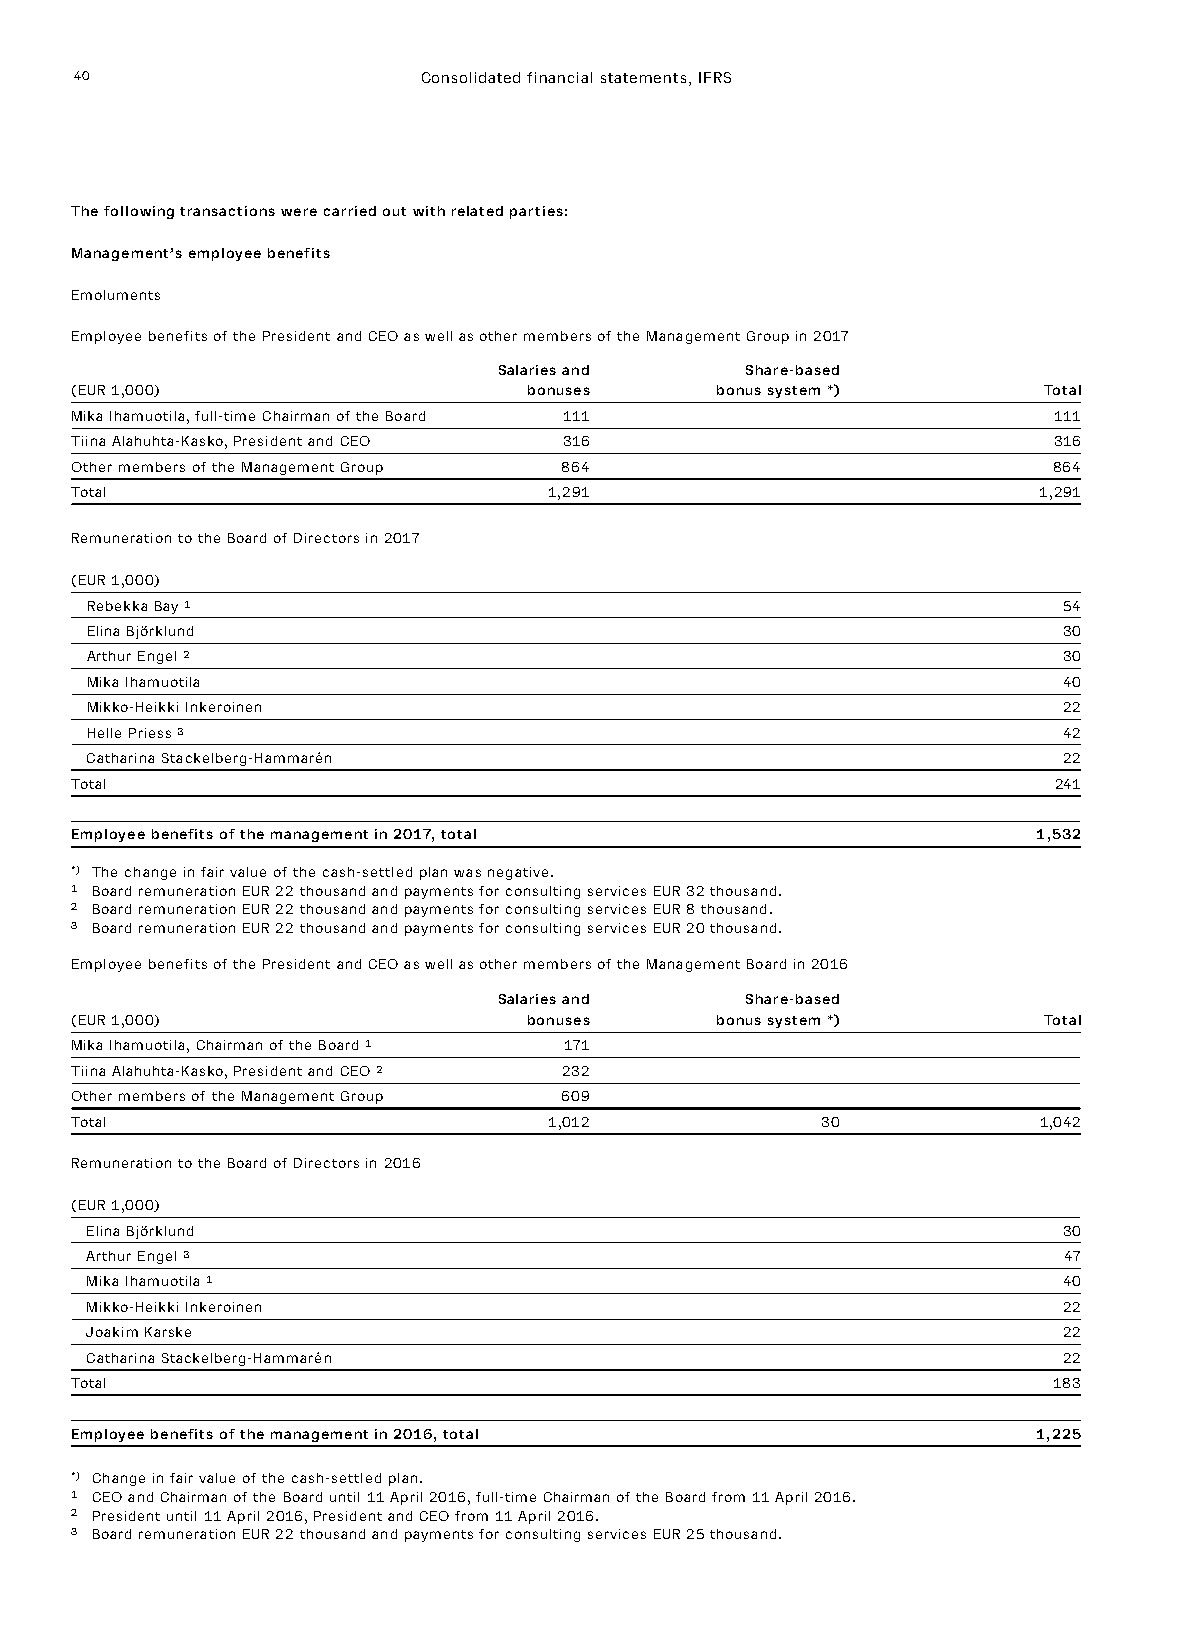
40                     Consolidated financial statements, IFRS
 The following transactions were carried out with related parties:
 Management’s employee benefits
 Emoluments
 Employee benefits of the President and CEO as well as other members of the Management Group in 2017
 Salaries and    Share-based
 (EUR 1,000)                   bonuses     bonus system *)       Total
 Mika Ihamuotila, full-time Chairman of the Board 111             111
 Tiina Alahuhta-Kasko, President and CEO 316                      316
 Other members of the Management Group 864                        864
 Total                          1,291                            1,291
 Remuneration to the Board of Directors in 2017
 (EUR 1,000)
 Rebekka Bay ¹                                                   54
 Elina Björklund                                                 30
 Arthur Engel ²                                                  30
 Mika Ihamuotila                                                 40
 Mikko-Heikki Inkeroinen                                         22
 Helle Priess ³                                                  42
 Catharina Stackelberg-Hammarén                                  22
 Total                                                            241
 Employee benefits of the management in 2017, total              1,532
 *) The change in fair value of the cash-settled plan was negative.
 1 Board remuneration EUR 22 thousand and payments for consulting services EUR 32 thousand.
 2 Board remuneration EUR 22 thousand and payments for consulting services EUR 8 thousand.
 3 Board remuneration EUR 22 thousand and payments for consulting services EUR 20 thousand.
 Employee benefits of the President and CEO as well as other members of the Management Board in 2016
 Salaries and    Share-based
 (EUR 1,000)                   bonuses     bonus system *)       Total
 Mika Ihamuotila, Chairman of the Board ¹ 171
 Tiina Alahuhta-Kasko, President and CEO ² 232
 Other members of the Management Group 609
 Total                          1,012             30             1,042
 Remuneration to the Board of Directors in 2016
 (EUR 1,000)
 Elina Björklund                                                 30
 Arthur Engel ³                                                  47
 Mika Ihamuotila ¹                                               40
 Mikko-Heikki Inkeroinen                                         22
 Joakim Karske                                                   22
 Catharina Stackelberg-Hammarén                                  22
 Total                                                            183
 Employee benefits of the management in 2016, total              1,225
 *) Change in fair value of the cash-settled plan.
 1 CEO and Chairman of the Board until 11 April 2016, full-time Chairman of the Board from 11 April 2016.
 2 President until 11 April 2016, President and CEO from 11 April 2016.
 3 Board remuneration EUR 22 thousand and payments for consulting services EUR 25 thousand.